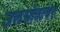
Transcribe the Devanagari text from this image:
जलस्रोतांवर